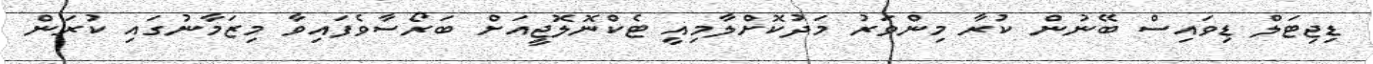
ޑިޖިޓަލް ޑިވައިސް ބޭނުން ކުރާ މިންވަރު މަދުކޮށްލާމިއީ ޓެކްނޮލޮޖީއަށް ބަރޯސާވެފައިވާ މިޒަމާނުގައި ކުރަން